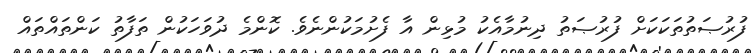
ފުރުޞަތުތަކަކަށް ފުރުޞަތު ދިނުމާއެކު މުޅިން އާ ފެށުމަކުންނެވެ. ކޮންމެ ދުވަހަކުން ތަފާތު ކަންތައްތައް